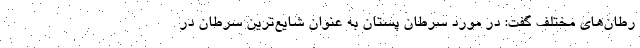
رطان‌های مختلف گفت: در مورد سرطان پستان به عنوان شایع‌ترین سرطان در